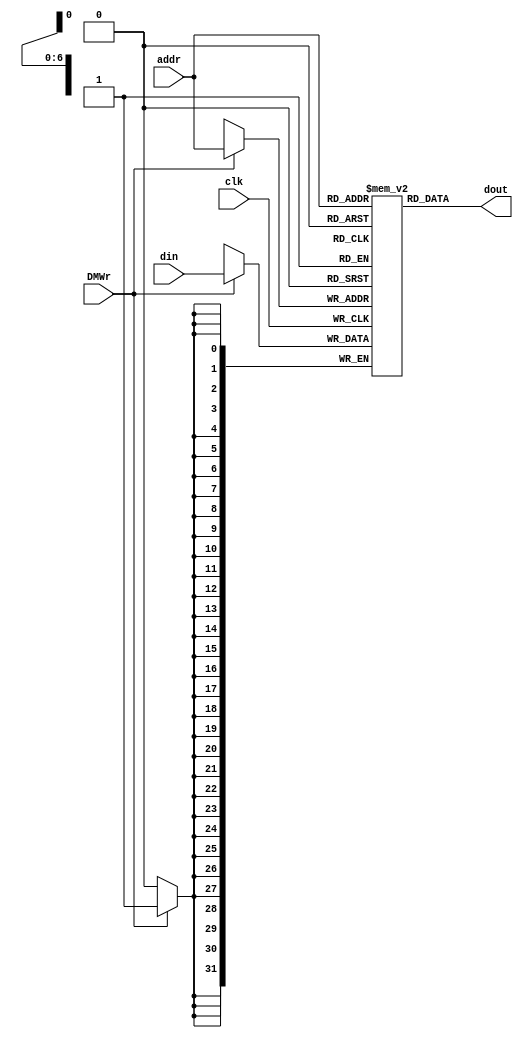

// data memory
module dm(clk, DMWr, addr, din, dout);
   input          clk;
   input          DMWr;
   input  [8:2]   addr;
   input  [31:0]  din;
   output [31:0]  dout;
     
   reg [31:0] dmem[127:0];
   wire [31:0] addrByte;

   assign addrByte = addr<<2;
      
   assign dout = dmem[addrByte[8:2]];
   
   always @(posedge clk)
      if (DMWr) begin
        dmem[addrByte[8:2]] <= din;
        $display("dmem[0x%8X] = 0x%8X,", addrByte, din); 
      end
   
endmodule